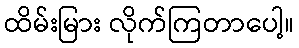
ထိမ်းမြား လိုက်ကြတာပေါ့။